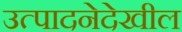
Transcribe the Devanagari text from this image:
उत्पादनेदेखील